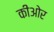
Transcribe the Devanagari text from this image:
कीओर